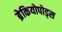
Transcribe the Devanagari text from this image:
ब्रेकियोपोड्स